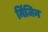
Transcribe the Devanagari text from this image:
मिंजिन